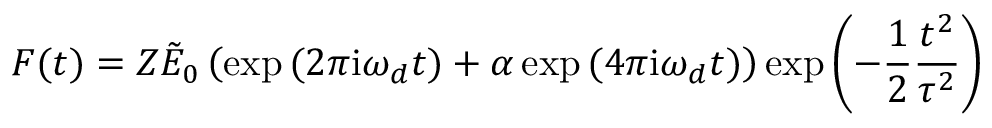
F ( t ) = Z \tilde { E } _ { 0 } \left( \exp { ( 2 \pi \mathrm { i } \omega _ { d } t ) } + \alpha \exp { ( 4 \pi \mathrm { i } \omega _ { d } t ) } \right) \exp { \left( - \frac { 1 } { 2 } \frac { t ^ { 2 } } { \tau ^ { 2 } } \right) }